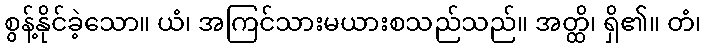
စွန့်နိုင်ခဲ့သော။ ယံ၊ အကြင်သားမယားစသည်သည်။ အတ္ထိ၊ ရှိ၏။ တံ၊